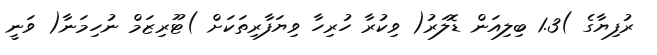
ރުފިޔާގެ )1.3 ބިލިއަން ޑޮލަރު( ވިކުރާ ހުރިހާ ވިޔަފާރިތަކަށް )ޓޫރިޒަމް ނުހިމަނާ( ވަނީ